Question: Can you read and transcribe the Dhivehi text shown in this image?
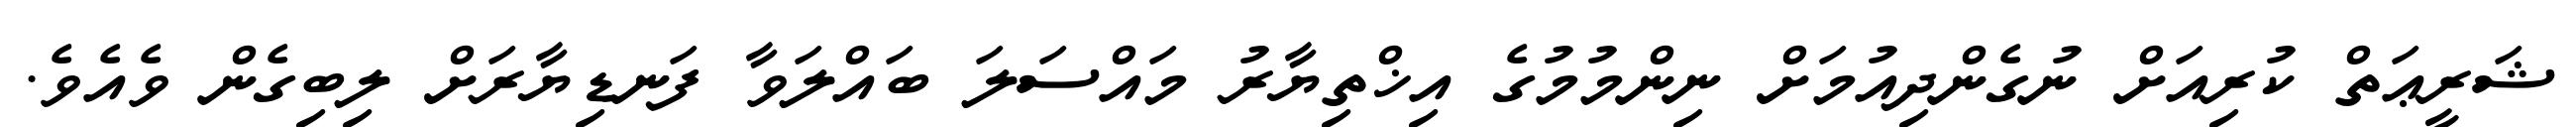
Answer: ޝަރީޢަތް ކުރިއަށް ނުގެންދިއުމަށް ނިންމުމުގެ އިޚްތިޔާރު މައްސަލަ ބައްލަވާ ފަނޑިޔާރަށް ލިބިގެން ވެއެވެ.